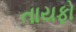
તાયફો